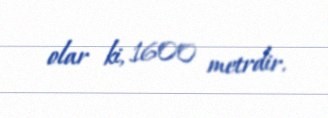
olar ki, 1600 metrdir.